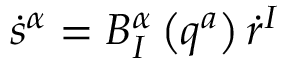
\dot { s } ^ { \alpha } = B _ { I } ^ { \alpha } \left( q ^ { a } \right) \dot { r } ^ { I }